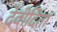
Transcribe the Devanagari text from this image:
देवीदिता